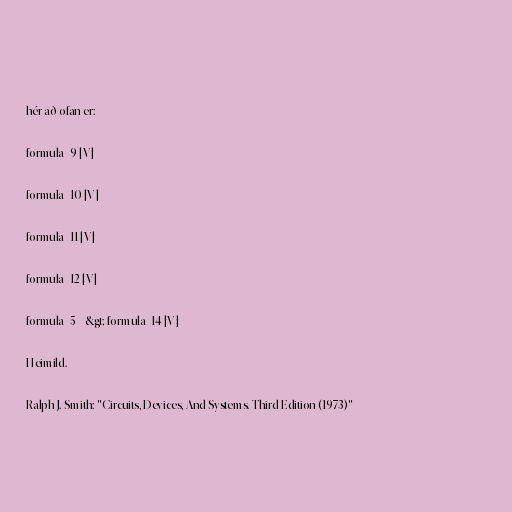
hér að ofan er:

formula_9 [V]

formula_10 [V]

formula_11 [V]

formula_12 [V]

formula_5 =&gt; formula_14 [V]

Heimild.

Ralph J. Smith: "Circuits, Devices, And Systems. Third Edition (1973)"